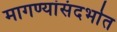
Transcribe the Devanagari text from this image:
मागण्यांसंदर्भात